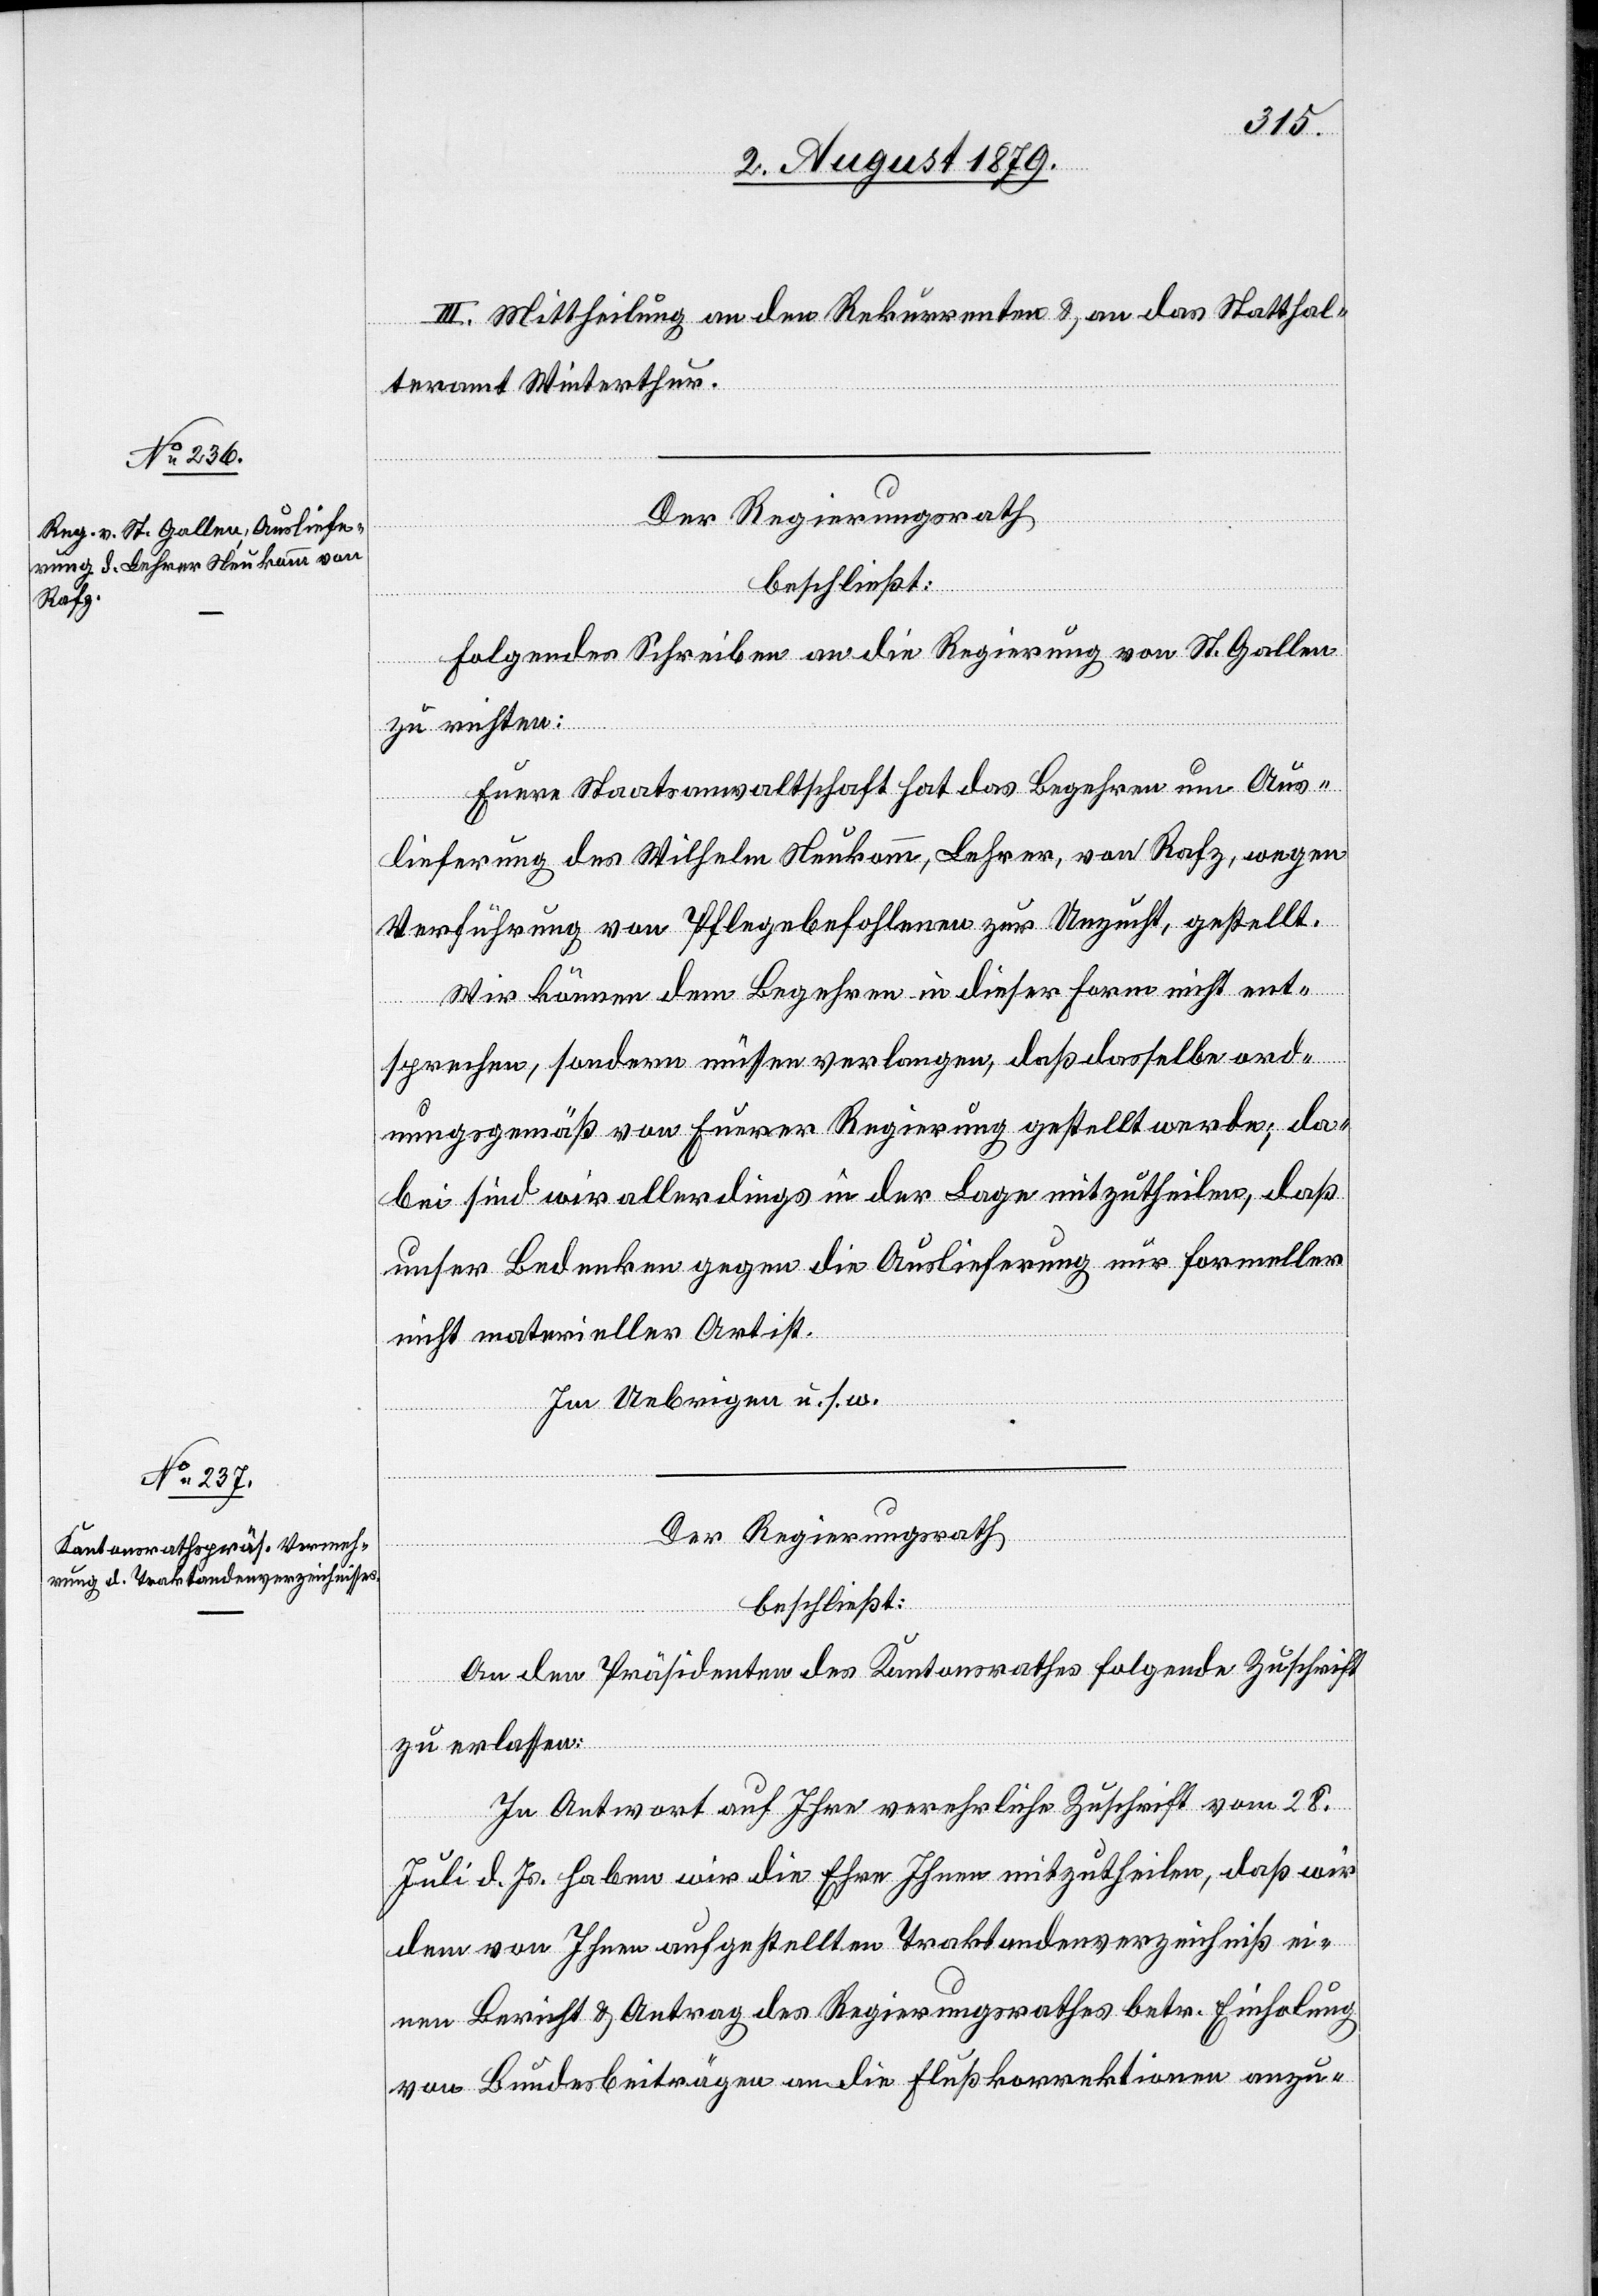
III. Mittheilung an den Rekurrenten & an das Statthal¬
teramt Winterthur.
Der Regierungsrath
beschließt:
Folgendes Schreiben an die Regierung von St. Gallen
zu richten:
Euere Staatsanwaltschaft hat das Begehren um Aus¬
lieferung des Wilhelm Neukomm, Lehrer, von Rafz, wegen
Verführung von Pflegebefohlenen zur Unzucht, gestellt.
Wir können dem Begehren in dieser Form nicht ent¬
sprechen, sondern müssen verlangen, daß dasselbe ord¬
nungsgemäß von Euerer Regierung gestellt werde; da¬
bei sind wir allerdings in der Lage mitzutheilen, daß
unser Bedenken gegen die Auslieferung nur formeller
nicht materieller Art ist.
Im Uebrigen u. s. w.
Der Regierungsrath
beschließt:
An den Präsidenten des Kantonsrathes folgende Zuschrift
zu erlassen:
In Antwort auf Ihre verehrliche Zuschrift vom 28.
Juli d. Js. haben wir die Ehre Ihnen mitzutheilen, daß wir
dem von Ihnen aufgestellten Traktandenverzeichniß ei¬
nen Bericht & Antrag des Regierungsrathes betr. Einholung
von Bundesbeiträgen an die Flußkorrektionen anzu-